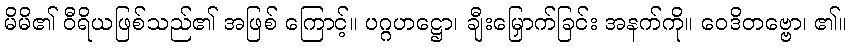
မိမိ၏ ဝီရိယဖြစ်သည်၏ အဖြစ် ကြောင့်။ ပဂ္ဂဟဋ္ဌော၊ ချီးမြှောက်ခြင်း အနက်ကို။ ဝေဒိတဗ္ဗော၊ ၏။